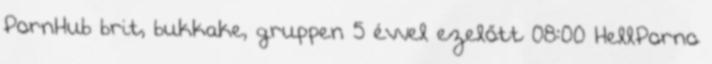
PornHub brit, bukkake, gruppen 5 évvel ezelőtt 08:00 HellPorno